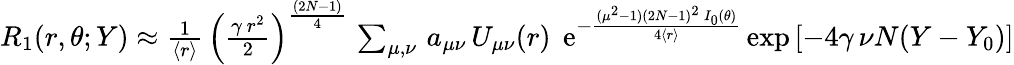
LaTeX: \begin{array}{r}{R_{1}(r,\theta;Y)\approx{\frac{1}{\langle r\rangle}}\, \left({\frac{\gamma\, r^{2}}{2}}\right)^{\frac{(2N-1)}{4}}\, \sum_{\mu,\nu}\, a_{\mu\nu}\, U_{\mu\nu}(r)\; \, \mathrm{e}^{-{\frac{(\mu^{2}-1)(2N-1)^{2}\, I_{0}(\theta)}{4\langle r\rangle}}}\, \mathrm{exp}\left[-4\gamma\, \nu N(Y-Y_{0})\right]}\end{array}